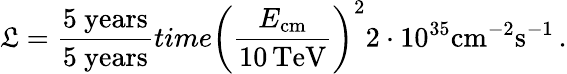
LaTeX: \displaystyle\mathfrak{L}=\frac{5~\mathrm{{years}}}{5~\mathrm{{years}}}{{time}}\left(\frac{E_{\mathrm{{cm}}}}{10\, \mathrm{{TeV}}}\right)^{2}2\cdot 10^{35}\mathrm{{cm}}^{-2}\mathrm{{s}}^{-1}\, .